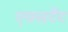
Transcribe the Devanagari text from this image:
एक्सटैंट